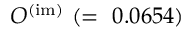
{ \cal O } ^ { ( \mathrm { i m ) } } ~ ( = ~ 0 . 0 6 5 4 )